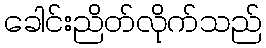
ခေါင်းညိတ်လိုက်သည်